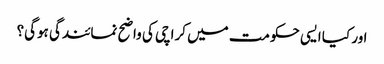
اور کیا ایسی حکومت میں کراچی کی واضح نمائندگی ہوگی؟